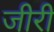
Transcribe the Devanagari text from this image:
जीरी